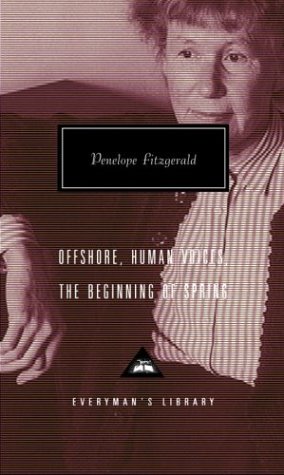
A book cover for Offshore, Human Voices, The Beginning of Spring (Everyman's Library); Penelope Fitzgerald; Literature & Fiction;